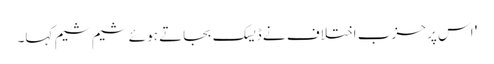
' اس پر حزب اختلاف نے ڈیسک بجاتے ہوئے شیم شیم کہا۔